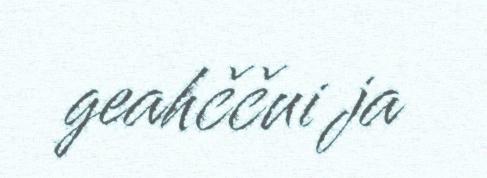
geahččui ja